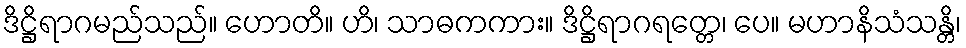
ဒိဋ္ဌိရာဂမည်သည်။ ဟောတိ။ ဟိ၊ သာဓကကား။ ဒိဋ္ဌိရာဂရတ္တေ၊ ပေ။ မဟာနိသံသန္တိ၊